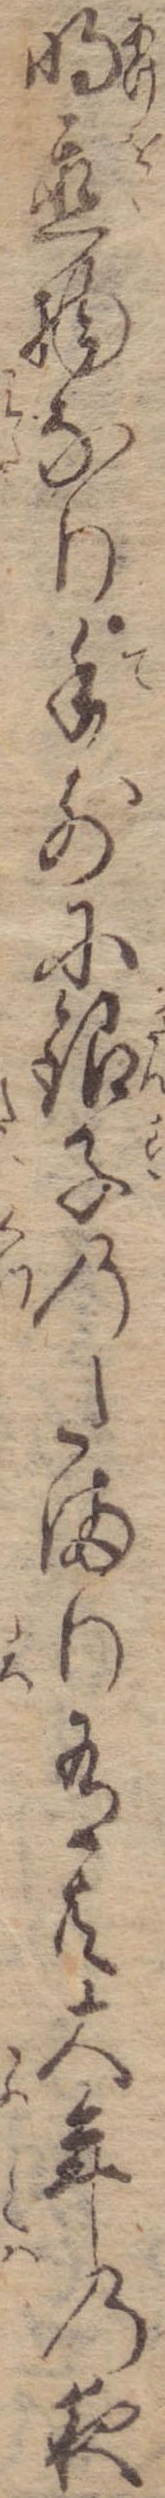
明置物なり手前に銀子のたまり有共大年の夜